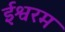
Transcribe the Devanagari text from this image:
ईश्वरम